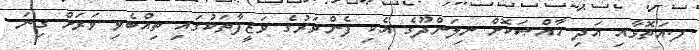
ފ.އަތޮޅާއި އަދި ޚާއްޞަކޮށް ނިލަންދޫގެ އެކި ފެންވަރުގެ ވަޒީފާތަކުގައި ތިއްބެވި ވަރަށް ގިނަ